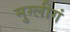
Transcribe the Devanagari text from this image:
मुग्लीगं